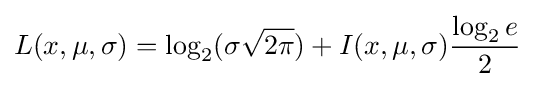
L(x,\mu ,\sigma )=\log _{2}(\sigma {\sqrt {2\pi }})+I(x,\mu ,\sigma ){\frac {\log _{2}e}{2}}